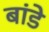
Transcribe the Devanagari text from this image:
बांडे